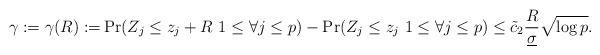
LaTeX: \begin{align*}\gamma:=\gamma(R):=&\Pr ( Z_{j} \leq z_{j} + R \ 1 \le \forall j \le p ) - \Pr (Z_{j} \leq z_{j} \ 1 \le \forall j \le p )\le \tilde{c}_{2} \frac{R}{\underline{\sigma}} \sqrt{\log p}.\end{align*}